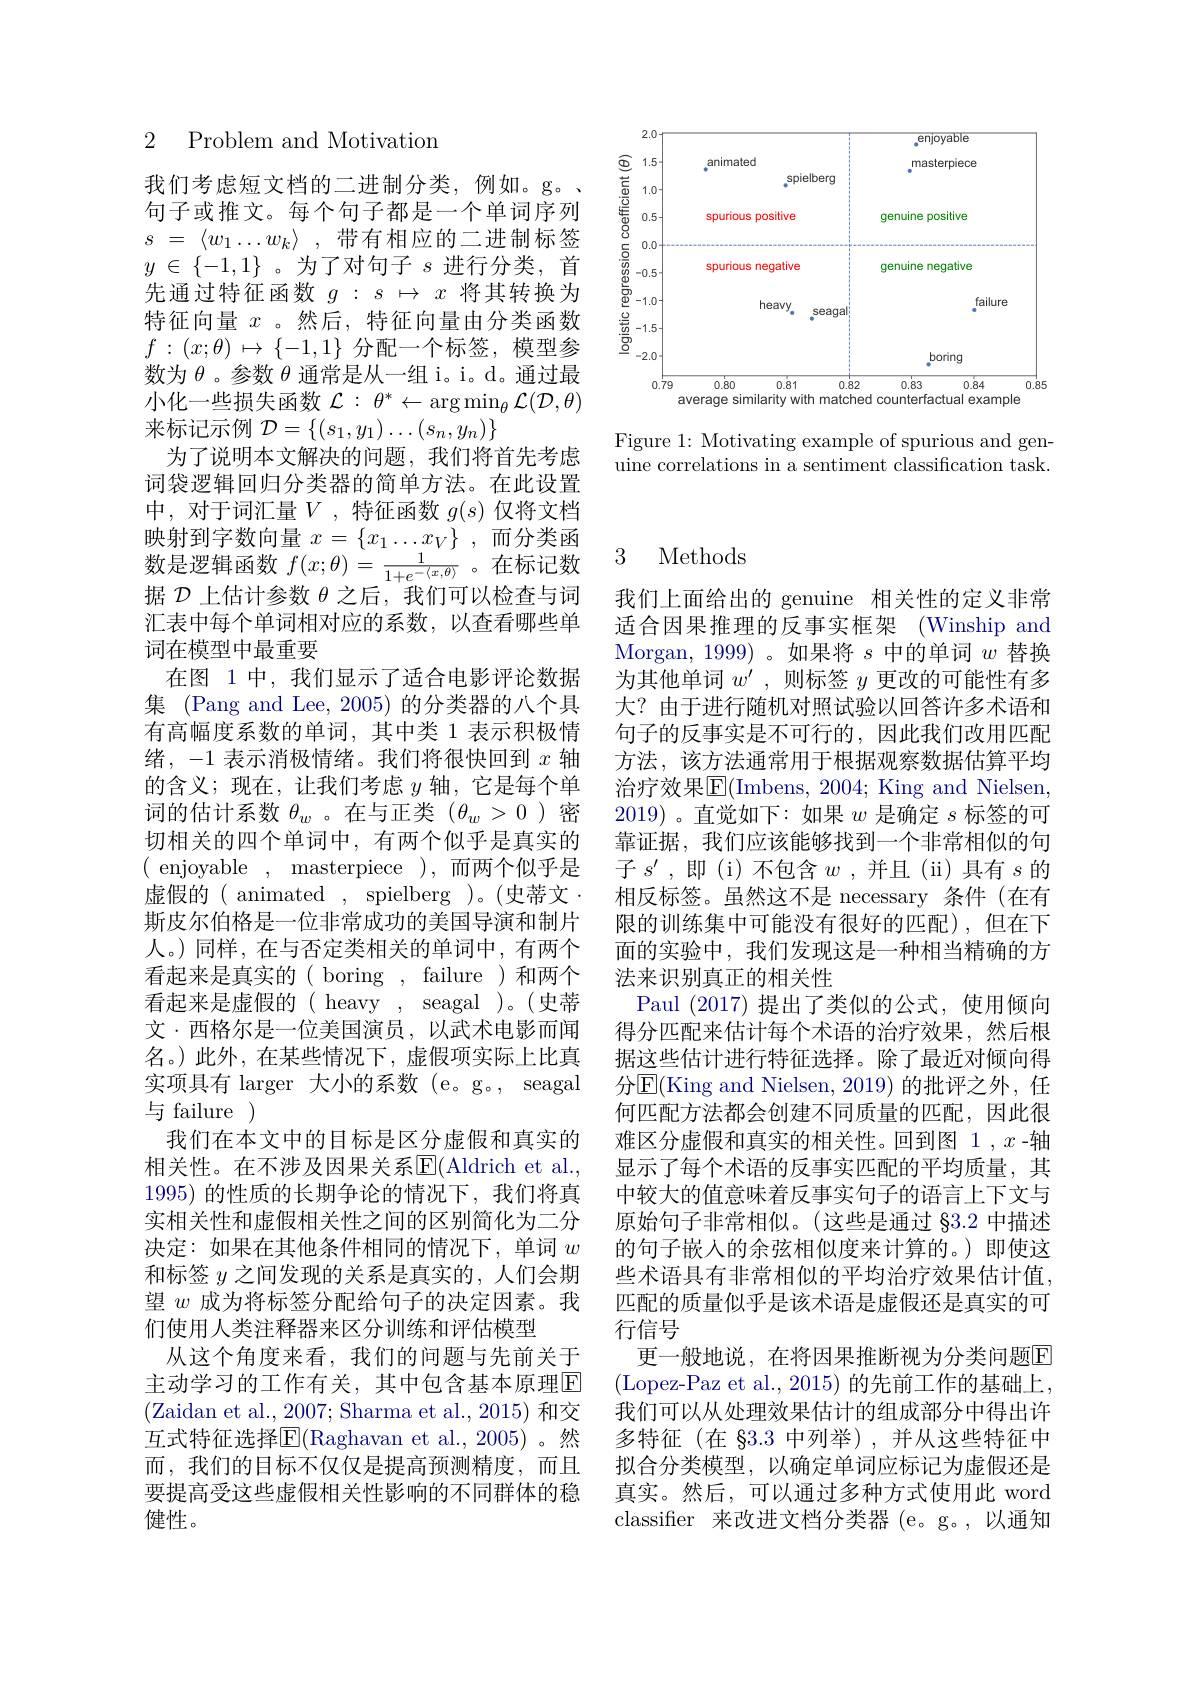
<FigureHere>

Figure 1: Motivating example of spurious and genuine correlations in a sentiment classification task.

2 Problem and Motivation

我们考虑短文档的二进制分类，例如。g。句子或推文。每个句子都是一个单词序列$\begin{array}{ll}{s\:=\:\langle w_{1}\ldots w_{k}\rangle\:,\:\text{带有相应的二进制标签}}\\{y\:\in\:\{-1,1\}\:。为了对句子\:s\:进行分类，\:\text{首}}\end{array}$ 先通过特征函数$g:s\mapsto x$将其转换为特征向量$x$ 。然后，特征向量由分类函数$f: ( x; \theta )$ $\mapsto$ $\{ - 1, 1\}$分配一个标签，模型参数为$\theta$。参数$\theta$通常是从一组 i。i。d。通过最小化一些损失函数$\mathcal{L}:\theta^*\leftarrow\operatorname{argmin}_\theta\mathcal{L}(\mathcal{D},\theta)$ 来标记示例$\mathcal{D}=\left\{(s_1,y_1)\ldots(s_n,y_n)\right\}$
为了说明本文解决的问题，我们将首先考虑词袋逻辑回归分类器的简单方法。在此设置中，对于词汇量$V$,特征函数 $g(s)$ 仅将文档映射到字数向量$x=\{x_1\ldots x_V\}$ ,而分类函数是逻辑函数$f(x;\theta)=\frac1{1+e^{-\langle x,\theta\rangle}}$。在标记数据$\mathcal{D}$上估计参数$\theta$之后，我们可以检查与词汇表中每个单词相对应的系数，以查看哪些单词在模型中最重要
在图 1 中，我们显示了适合电影评论数据集 (Pang and Lee, 2005) 的分类器的八个具有高幅度系数的单词，其中类 1 表示积极情绪，-1 表示消极情绪。我们将很快回到$x$轴的含义；现在，让我们考虑$y$轴，它是每个单词的估计系数$\theta_w$ 。在与正类$(\theta_w>0)$密切相关的四个单词中，有两个似乎是真实的$({\mathrm{~enjoyable~,~masterpiece~),~}}$而两个似乎是虚假的( animated, spielberg )。(史蒂文\:. 斯皮尔伯格是一位非常成功的美国导演和制片人。)同样，在与否定类相关的单词中，有两个看起来是真实的( boring , failure )和两个看起来是虚假的( heavy , seagal )。(史蒂文·西格尔是一位美国演员，以武术电影而闻名。)此外，在某些情况下，虚假项实际上比真实项具有 larger 大小的系数 (e。g。, seagal 与 failure )
我们在本文中的目标是区分虚假和真实的相关性。在不涉及因果关系$\operatorname{E}($Aldrich et al., 1995)的性质的长期争论的情况下，我们将真实相关性和虚假相关性之间的区别简化为二分决定：如果在其他条件相同的情况下，单词$w$ 和标签$y$之间发现的关系是真实的，人们会期望$w$成为将标签分配给句子的决定因素。我们使用人类注释器来区分训练和评估模型
从这个角度来看，我们的问题与先前关于主动学习的工作有关，其中包含基本原理$\overline{\mathrm{E}}$ (Zaidan et al., 2007; Sharma et al., 2015) 和交互式特征选择$\overline{\mathrm{E}}($Raghavan et al.,2005)。然而，我们的目标不仅仅是提高预测精度，而且要提高受这些虚假相关性影响的不同群体的稳健性。

## 3 Methods

我们上面给出的 genuine 相关性的定义非常适合因果推理的反事实框架 (Winship and Morgan, 1999)。如果将$s$中的单词$w$替换为其他单词$w^\prime$,则标签$y$更改的可能性有多大？由于进行随机对照试验以回答许多术语和句子的反事实是不可行的，因此我们改用匹配方法，该方法通常用于根据观察数据估算平均治疗效果$\overline{\mathrm{E}}($Imbens, 2004; King and Nielsen, 2019) 。直觉如下：如果$w$是确定$s$标签的可靠证据，我们应该能够找到一个非常相似的句子$s^\prime$,即 (i) 不包含$w$ ,并且 (ii)具有$s$的相反标签。虽然这不是 necessary 条件(在有限的训练集中可能没有很好的匹配),但在下面的实验中，我们发现这是一种相当精确的方法来识别真正的相关性
Paul (2017)提出了类似的公式，使用倾向得分匹配来估计每个术语的治疗效果，然后根据这些估计进行特征选择。除了最近对倾向得分E(King and Nielsen, 2019)的批评之外，任何匹配方法都会创建不同质量的匹配，因此很难区分虚假和真实的相关性。回到图 1 , $x$ -轴显示了每个术语的反事实匹配的平均质量，其中较大的值意味着反事实句子的语言上下文与原始句子非常相似。(这些是通过 §3.2 中描述的句子嵌入的余弦相似度来计算的。)即使这些术语具有非常相似的平均治疗效果估计值， 匹配的质量似乎是该术语是虚假还是真实的可行信号
更一般地说，在将因果推断视为分类问题$\overline{\mathrm{E}}$ (Lopez-Paz et al., 2015) 的先前工作的基础上， 我们可以从处理效果估计的组成部分中得出许多特征(在 83.3 中列举),并从这些特征中拟合分类模型，以确定单词应标记为虚假还是真实。然后，可以通过多种方式使用此 word classifier 来改进文档分类器 (e。g。,以通知